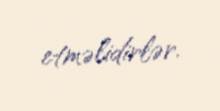
etməlidirlər.